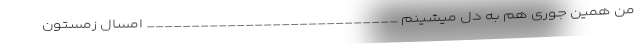
من همین جوری هم به دل میشینم ____________________________ امسال زمستون